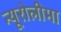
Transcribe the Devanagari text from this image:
न्यूरोलीमा